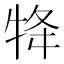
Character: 𭷟